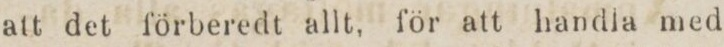
att det förberedt allt, för att handla med